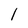
Character: l